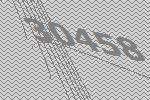
30458